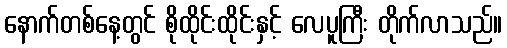
နောက်တစ်နေ့တွင် စိုထိုင်းထိုင်းနှင့် လေပူကြီး တိုက်လာသည်။